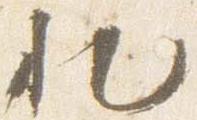
れ